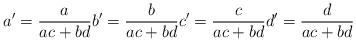
LaTeX: \begin{align*}a'=\frac{a}{ac+bd} b'=\frac{b}{ac+bd} c'=\frac{c}{ac+bd} d'=\frac{d}{ac+bd}\end{align*}